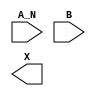
module sky130_fd_sc_hd__and2b (
    //# {{data|Data Signals}}
    input  A_N,
    input  B  ,
    output X
);

    // Voltage supply signals
    supply1 VPWR;
    supply0 VGND;
    supply1 VPB ;
    supply0 VNB ;

endmodule